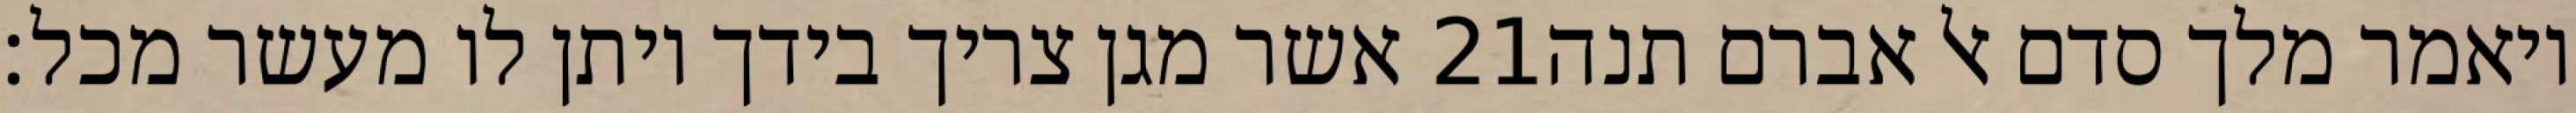
אשר מגן צריך בידך ויתן לו מעשר מכל׃ ‎21‏ ויאמר מלך סדם אל אברם תנה